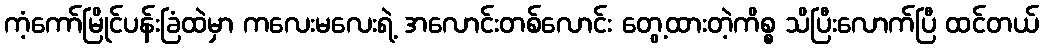
ကံ့ကော်မြိုင်ပန်းခြံထဲမှာ ကလေးမလေးရဲ့ အလောင်းတစ်လောင်း တွေ့ထားတဲ့ကိစ္စ သိပြီးလောက်ပြီ ထင်တယ်